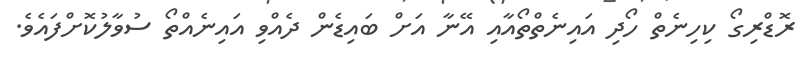
ރޮޑްރިގޯ ކިހިނެތް ހޯދި އައިނެތްތޯއާއި އޭނާ އަށް ބައިޑެން ދެއްވި އައިނެއްތޯ ސުވާލުކޮށްފައެވެ.